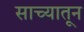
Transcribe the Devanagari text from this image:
साच्यातून